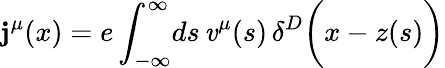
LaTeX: \mathbf{j}^{\mu}(x)=e\int_{-\infty}^{\infty}\! ds\, \mathit{v}^{\mu}(s)\, \delta^{D}\biggl(x-z(s)\biggr)